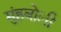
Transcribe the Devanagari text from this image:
मुंहबोली